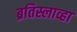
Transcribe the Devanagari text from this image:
ब्रतिस्लाव्हा